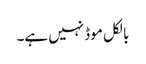
بالکل موڈ نہیں ہے۔